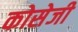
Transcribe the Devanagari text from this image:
कोसेजी